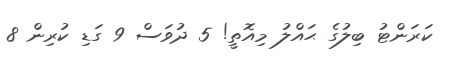
ކަރަންޓު ބިލުގެ ޙައްލު މިއޮތީ! 5 ދުވަސް 9 ގަޑި ކުރިން 8